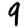
Digit: 9